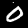
Digit: 0